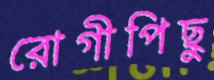
রোগীপিছু